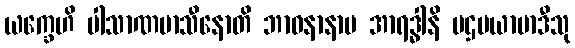
ယက္ခေဟိ ပါသာဏမာသီနောတိ ဘာဝနာနာမ အာရဒ္ဓါနိ ပဌမယာမာဒီသု